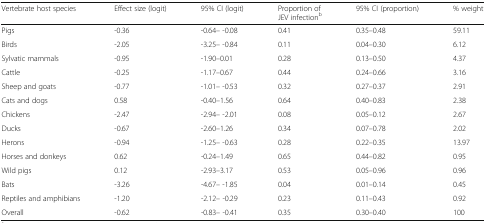
<table><thead><tr><td><b>Vertebrate host species</b></td><td><b>Effect size (logit)</b></td><td><b>95% CI (logit)</b></td><td><b>Proportion of JEV infection<sup>b</sup></b></td><td><b>95% CI (proportion)</b></td><td><b>% weight</b></td></tr></thead><tbody><tr><td>Pigs</td><td>-0.36</td><td>-0.64– -0.08</td><td>0.41</td><td>0.35–0.48</td><td>59.11</td></tr><tr><td>Birds</td><td>-2.05</td><td>-3.25– -0.84</td><td>0.11</td><td>0.04–0.30</td><td>6.12</td></tr><tr><td>Sylvatic mammals</td><td>-0.95</td><td>-1.90–0.01</td><td>0.28</td><td>0.13–0.50</td><td>4.37</td></tr><tr><td>Cattle</td><td>-0.25</td><td>-1.17–0.67</td><td>0.44</td><td>0.24–0.66</td><td>3.16</td></tr><tr><td>Sheep and goats</td><td>-0.77</td><td>-1.01– -0.53</td><td>0.32</td><td>0.27–0.37</td><td>2.91</td></tr><tr><td>Cats and dogs</td><td>0.58</td><td>-0.40–1.56</td><td>0.64</td><td>0.40–0.83</td><td>2.38</td></tr><tr><td>Chickens</td><td>-2.47</td><td>-2.94– -2.01</td><td>0.08</td><td>0.05–0.12</td><td>2.67</td></tr><tr><td>Ducks</td><td>-0.67</td><td>-2.60–1.26</td><td>0.34</td><td>0.07–0.78</td><td>2.02</td></tr><tr><td>Herons</td><td>-0.94</td><td>-1.25– -0.63</td><td>0.28</td><td>0.22–0.35</td><td>13.97</td></tr><tr><td>Horses and donkeys</td><td>0.62</td><td>-0.24–1.49</td><td>0.65</td><td>0.44–0.82</td><td>0.95</td></tr><tr><td>Wild pigs</td><td>0.12</td><td>-2.93–3.17</td><td>0.53</td><td>0.05–0.96</td><td>0.96</td></tr><tr><td>Bats</td><td>-3.26</td><td>-4.67– -1.85</td><td>0.04</td><td>0.01–0.14</td><td>0.45</td></tr><tr><td>Reptiles and amphibians</td><td>-1.20</td><td>-2.12– -0.29</td><td>0.23</td><td>0.11–0.43</td><td>0.92</td></tr><tr><td>Overall</td><td>-0.62</td><td>-0.83– -0.41</td><td>0.35</td><td>0.30–0.40</td><td>100</td></tr></tbody></table>